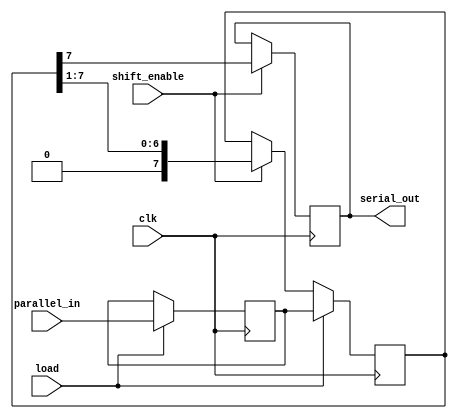
module TwoStagePISO #(
    parameter DATA_WIDTH = 8  // Parameter for the width of the input data bus
)(
    input wire clk,            // Clock signal
    input wire load,           // Load signal to capture parallel data
    input wire shift_enable,   // Shift enable signal to shift data out
    input wire [DATA_WIDTH-1:0] parallel_in, // Parallel input data
    output reg serial_out      // Serial output
);

    // Stage 1: Parallel Input Stage
    reg [DATA_WIDTH-1:0] parallel_reg; // Register to hold parallel data

    // Stage 2: Shift Register Stage
    reg [DATA_WIDTH-1:0] shift_reg; // Register for shifting data

    // Load data into the parallel register on load signal
    always @(posedge clk) begin
        if (load) begin
            parallel_reg <= parallel_in; // Load parallel data
        end
    end

    // Shift data from parallel register to shift register
    always @(posedge clk) begin
        if (load) begin
            shift_reg <= parallel_reg; // Load data into shift register on load
        end else if (shift_enable) begin
            // Shift right and output the MSB
            shift_reg <= {1'b0, shift_reg[DATA_WIDTH-1:1]}; // Shift right
        end
    end

    // Assign the serial output from the MSB of the shift register
    always @(posedge clk) begin
        if (shift_enable) begin
            serial_out <= shift_reg[DATA_WIDTH-1]; // Output the MSB
        end
    end

endmodule